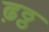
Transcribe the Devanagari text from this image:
ढ़ठ्ठ